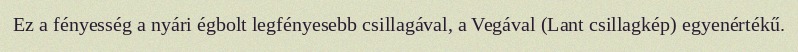
Ez a fényesség a nyári égbolt legfényesebb csillagával, a Vegával (Lant csillagkép) egyenértékű.